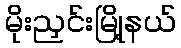
မိုးညှင်းမြို့နယ်